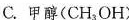
C.甲醇(CH_{3}OH)